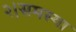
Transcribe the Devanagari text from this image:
२।समस्या